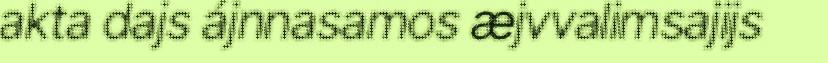
akta dajs ájnnasamos æjvvalimsajijs